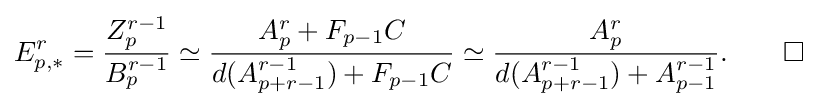
E_{p,*}^{r}={Z_{p}^{r-1} \over B_{p}^{r-1}}\simeq {A_{p}^{r}+F_{p-1}C \over d(A_{p+r-1}^{r-1})+F_{p-1}C}\simeq {A_{p}^{r} \over d(A_{p+r-1}^{r-1})+A_{p-1}^{r-1}}.\qquad \square